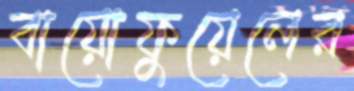
বায়োফুয়েলের